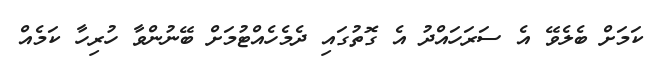
ކަމަށް ބެލެވޭ އެ ސަރަހައްދު އެ ގޮތުގައި ދެމެހެއްޓުމަށް ބޭނުންވާ ހުރިހާ ކަމެއް